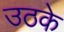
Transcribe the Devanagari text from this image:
उठके